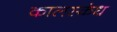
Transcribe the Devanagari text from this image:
कालस्कंध